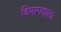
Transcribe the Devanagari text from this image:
दिमागवाला